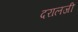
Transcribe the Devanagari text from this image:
दरालजी